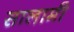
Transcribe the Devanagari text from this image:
सालामी